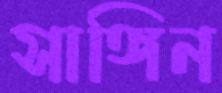
সাঙ্গিন